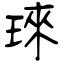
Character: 琜